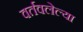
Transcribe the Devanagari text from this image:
वर्तवलेल्या